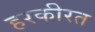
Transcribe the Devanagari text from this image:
हरकीरत